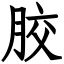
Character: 㬵